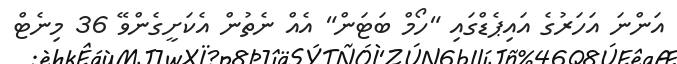
އަންނަ އަހަރުގެ އައިޕެޑްގައި "ހޯމް ބަޓަން" އެއް ނެތުން އެކަށީގެންވޭ 36 މިނެޓް